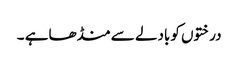
درختوں کوبادلے سے منڈھاہے ۔